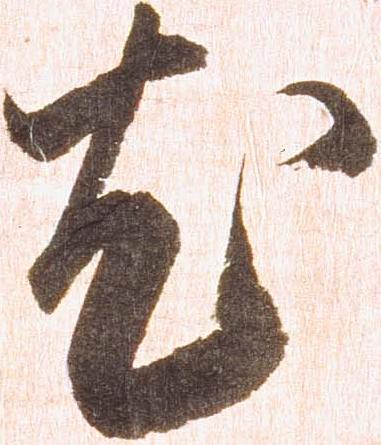
尤